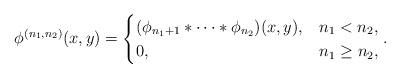
LaTeX: \begin{align*}\phi^{(n_1,n_2)}(x,y)=\begin{cases} (\phi_{n_1+1} \ast \dotsb \ast \phi_{n_2})(x,y),& n_1<n_2,\\0,& n_1\geq n_2,\end{cases}.\end{align*}